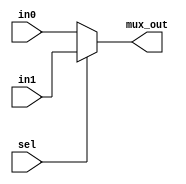
`timescale 1ns / 1ps
module mux(
    input [15:0]in0,in1,
    input sel, 
    output [15:0] mux_out
    );
    assign mux_out = sel? in1: in0;
endmodule